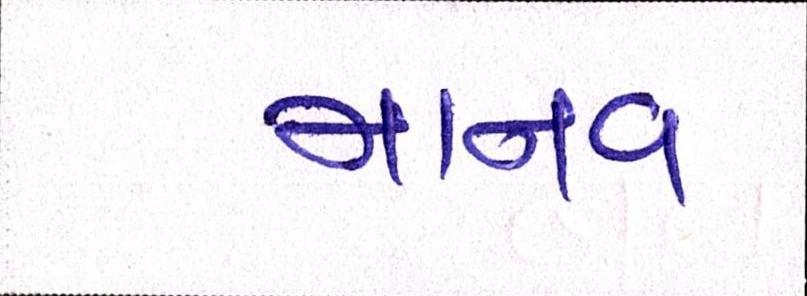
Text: માનવ